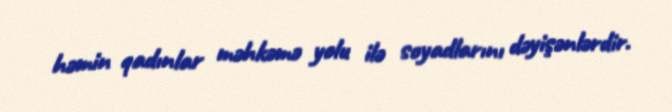
həmin qadınlar məhkəmə yolu ilə soyadlarını dəyişənlərdir.